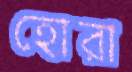
হোরা